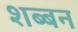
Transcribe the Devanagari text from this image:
शब्बन